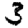
Digit: 3